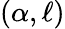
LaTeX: (\alpha,\ell)